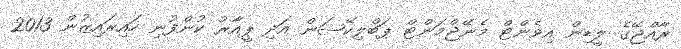
ރާއްޖޭގެ ލީޑިން އިވެންޓް މެނޭޖްމަންޓް ޕަބްލިކޭޝަން އަދި ޕީއާރު ކުންފުނި ހައިރައިޒުން 2013